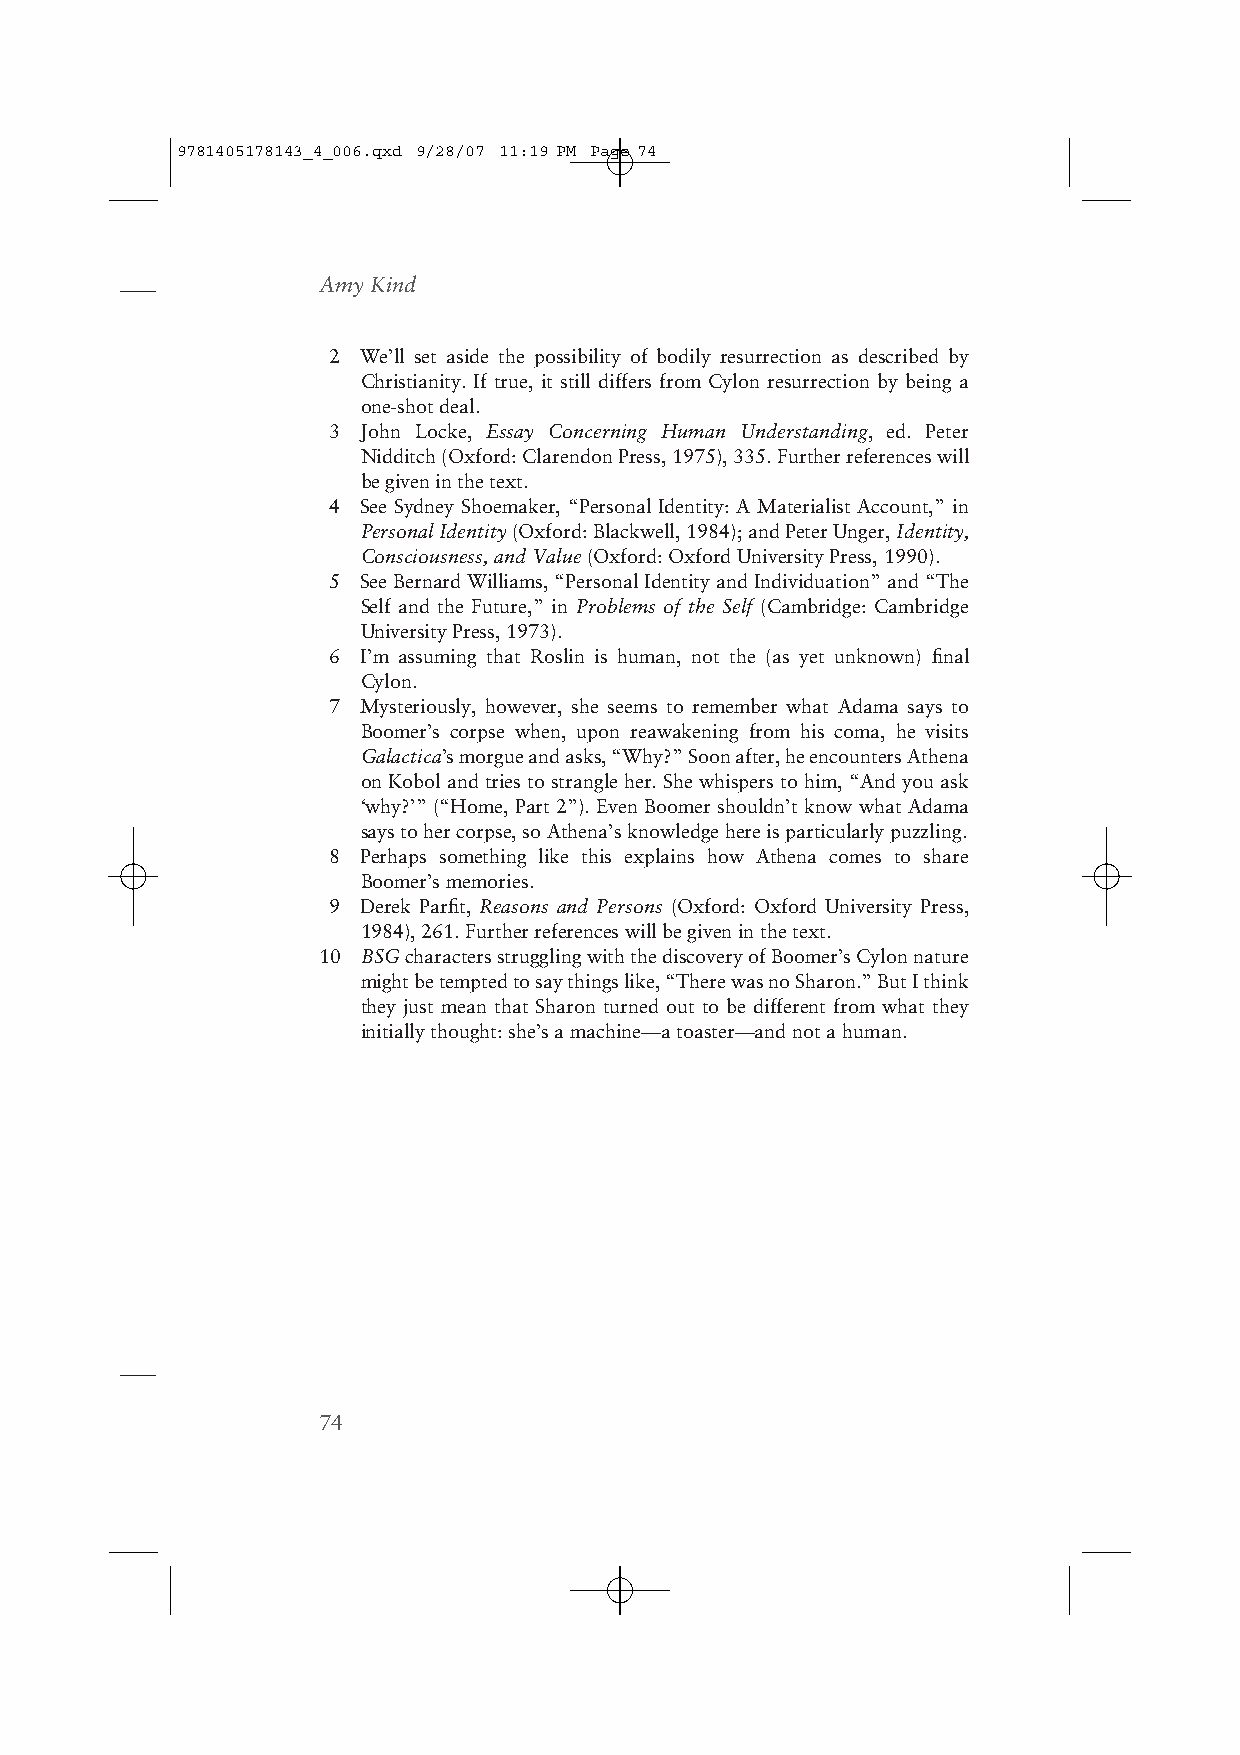
9781405178143_4_006.qxd 9/28/07 11:19 PM Page 74
 Amy Kind
 2 We’ll set aside the possibility of bodily resurrection as described by
 Christianity. If true, it still differs from Cylon resurrection by being a
 one-shot deal.
 3 John Locke, Essay Concerning Human Understanding, ed. Peter
 Nidditch (Oxford: Clarendon Press, 1975), 335. Further references will
 be given in the text.
 4 See Sydney Shoemaker, “Personal Identity: A Materialist Account,” in
 Personal Identity(Oxford: Blackwell, 1984); and Peter Unger, Identity,
 Consciousness, and Value(Oxford: Oxford University Press, 1990).
 5 See Bernard Williams, “Personal Identity and Individuation” and “The
 Self and the Future,” in Problems of the Self (Cambridge: Cambridge
 University Press, 1973).
 6 I’m assuming that Roslin is human, not the (as yet unknown) final
 Cylon.
 7 Mysteriously, however, she seems to remember what Adama says to
 Boomer’s corpse when, upon reawakening from his coma, he visits
 Galactica’s morgue and asks, “Why?” Soon after, he encounters Athena
 on Kobol and tries to strangle her. She whispers to him, “And you ask
 ‘why?’” (“Home, Part 2”). Even Boomer shouldn’t know what Adama
 says to her corpse, so Athena’s knowledge here is particularly puzzling.
 8 Perhaps something like this explains how Athena comes to share
 Boomer’s memories.
 9 Derek Parfit, Reasons and Persons (Oxford: Oxford University Press,
 1984), 261. Further references will be given in the text.
 10 BSGcharacters struggling with the discovery of Boomer’s Cylon nature
 might be tempted to say things like, “There was no Sharon.” But I think
 they just mean that Sharon turned out to be different from what they
 initially thought: she’s a machine—a toaster—and not a human.
 74